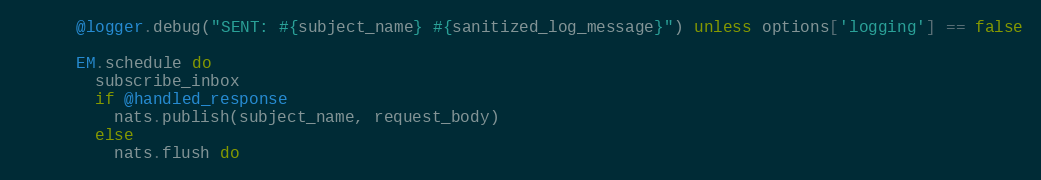
Language: Ruby
      @logger.debug("SENT: #{subject_name} #{sanitized_log_message}") unless options['logging'] == false

      EM.schedule do
        subscribe_inbox
        if @handled_response
          nats.publish(subject_name, request_body)
        else
          nats.flush do